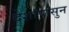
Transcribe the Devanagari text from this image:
देशापासुन